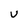
Character: U